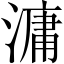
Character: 滽